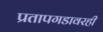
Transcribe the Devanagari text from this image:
प्रतापगडावरही